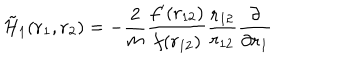
\tilde { \cal H } _ { 1 } ( { \bf r } _ { 1 } , { \bf r } _ { 2 } ) = - \frac { 2 } { m } \frac { f ^ { \prime } ( r _ { 1 2 } ) } { f ( r _ { 1 2 } ) } \frac { { \bf r } _ { 1 2 } } { r _ { 1 2 } } \frac { \partial } { \partial { \bf r } _ { 1 } }